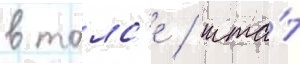
в талс'е / шта́т